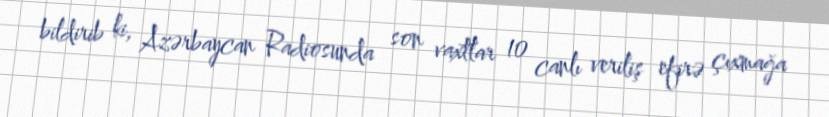
bildirib ki, Azərbaycan Radiosunda son vaxtlar 10 canlı veriliş efirə çıxmağa